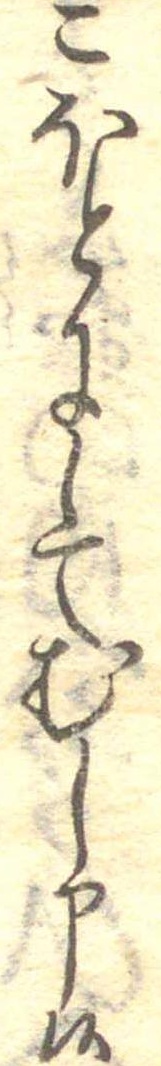
こほとにしてむし申候